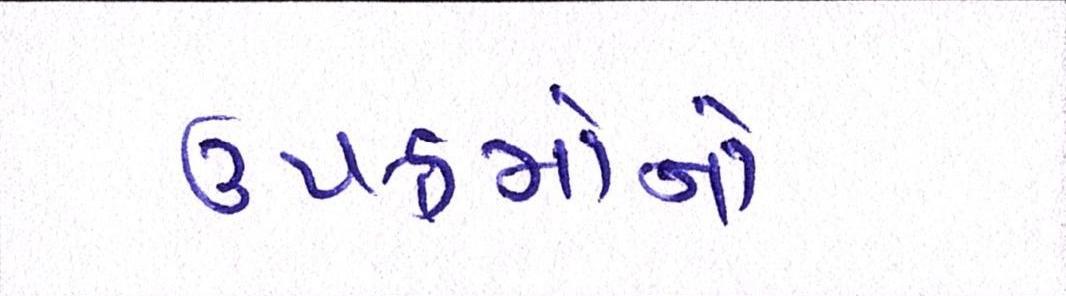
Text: ઉપક્રમોનો